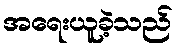
အရေးယူခဲ့သည်